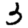
Digit: 3